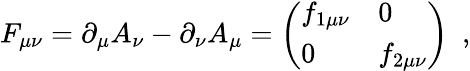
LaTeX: F_{\mu\nu}=\partial_{\mu}A_{\nu}-\partial_{\nu}A_{\mu}=\left(\begin{array}{ll}{{f_{1\mu\nu}}}&{{0}}\\ {{0}}&{{f_{2\mu\nu}}}\end{array}\right)~~,